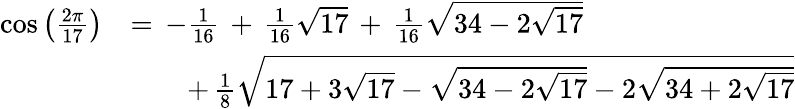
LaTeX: {\begin{array}{rl}{\cos{\left({\frac{2\pi}{17}}\right)}}&{=\, -{\frac{1}{16}}\, +\, {\frac{1}{16}}{\sqrt{17}}\, +\, {\frac{1}{16}}{\sqrt{34-2{\sqrt{17}}}}}\\ &{\qquad+\, {\frac{1}{8}}{\sqrt{17+3{\sqrt{17}}-{\sqrt{34-2{\sqrt{17}}}}-2{\sqrt{34+2{\sqrt{17}}}}}}}\end{array}}